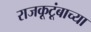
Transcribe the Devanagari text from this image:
राजकूटूंबाच्या